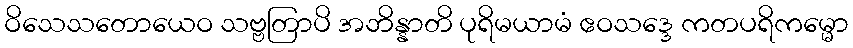
ဝိသေသတောယေဝ သဗ္ဗတြာပိ အဘိန္နာတိ ပုရိမယာမံ ဧဝသဒ္ဒေ ကတပရိကမ္မော